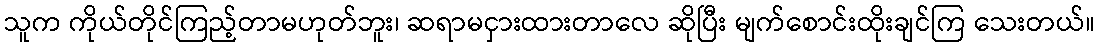
သူက ကိုယ်တိုင်ကြည့်တာမဟုတ်ဘူး၊ ဆရာမငှားထားတာလေ ဆိုပြီး မျက်စောင်းထိုးချင်ကြ သေးတယ်။